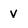
Character: V